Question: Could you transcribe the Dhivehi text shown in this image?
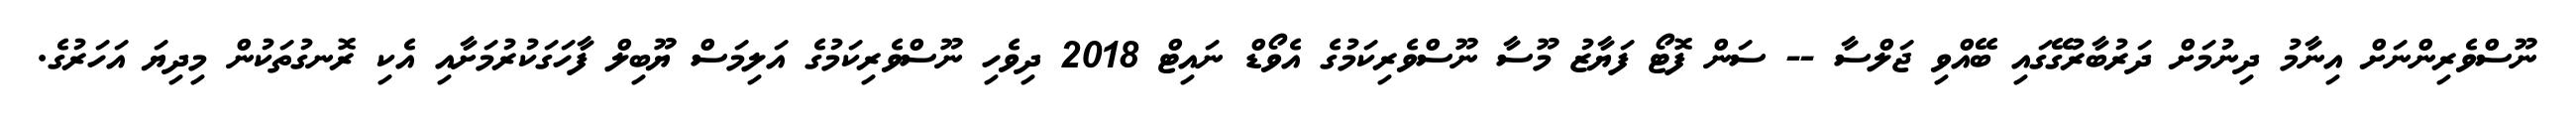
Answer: ނޫސްވެރިންނަށް އިނާމު ދިނުމަށް ދަރުބާރުގޭގައި ބޭއްވި ޖަލްސާ -- ސަން ފޮޓޯ ފަޔާޒު މޫސާ ނޫސްވެރިކަމުގެ އެވޯޑް ނައިޓް 2018 ދިވެހި ނޫސްވެރިކަމުގެ އަލިމަސް ޔޫބިލް ފާހަގަކުރުމަށާއި އެކި ރޮނގުތަކުން މިދިޔަ އަހަރުގެ.